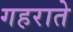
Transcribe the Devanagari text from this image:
गहराते